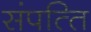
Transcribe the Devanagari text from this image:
संपत्‍ति